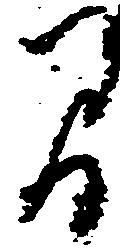
間